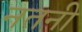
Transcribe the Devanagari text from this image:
नतनी